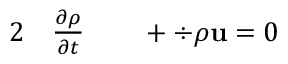
\begin{array} { r l r l } { { 2 } } & { { } \frac { \partial \rho } { \partial t } } & { } & { { } + \div { \rho \mathbf { u } } = 0 } \end{array}